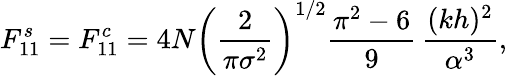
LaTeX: F_{11}^{s}=F_{11}^{c}=4N\left(\frac{2}{\pi\sigma^{2}}\right)^{1/2}\frac{\pi^{2}-6}{9}\, \frac{(kh)^{2}}{\alpha^{3}},